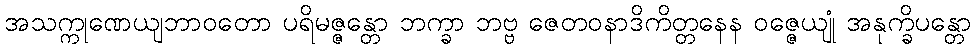
အသက္ကုဏေယျဘာဝတော ပရိမဇ္ဇန္တော ဘက္ခာ ဘဗ္ဗ ဇေတဝနာဒိကိတ္တနေန ဝဇ္ဇေယျုံ အနုက္ခိပန္တော